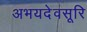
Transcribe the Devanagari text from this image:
अभयदेवसूरि